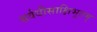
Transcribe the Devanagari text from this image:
सर्वधीसाक्षिभूतम्